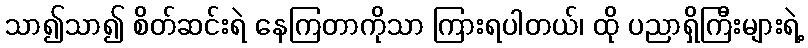
သာ၍သာ၍ စိတ်ဆင်းရဲ နေကြတာကိုသာ ကြားရပါတယ်၊ ထို ပညာရှိကြီးများရဲ့